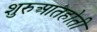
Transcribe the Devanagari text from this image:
शुरुआतहोती